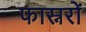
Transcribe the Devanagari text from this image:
फास्नरों